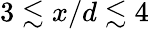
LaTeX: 3\lesssim x/d\lesssim 4